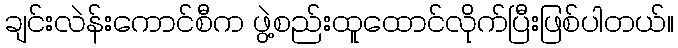
ချင်းလဲန်းကောင်စီက ဖွဲ့စည်းထူထောင်လိုက်ပြီးဖြစ်ပါတယ်။